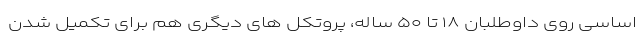
اساسی روی داوطلبان ۱۸ تا ۵۰ ساله، پروتکل های دیگری هم برای تکمیل شدن